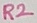
Text: R2